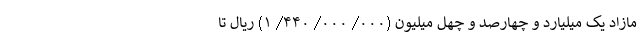
مازاد یک میلیارد و چهارصد و چهل میلیون (۰۰۰/ ۰۰۰/ ۴۴۰/ ۱) ریال تا